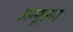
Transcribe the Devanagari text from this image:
अन्मूलन